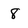
Character: 8